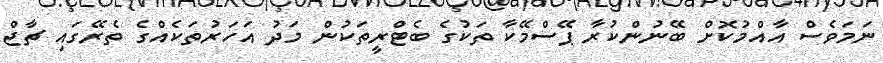
ނަމަވެސް އާއްމުކޮށް ބޭނުންކުރާ ޕޭސްމޭކާ ތަކުގެ ބެޓްރީތަކުން މަދު އަހަރުތަކެއްގެ ތެރޭގައި ޗާޖް